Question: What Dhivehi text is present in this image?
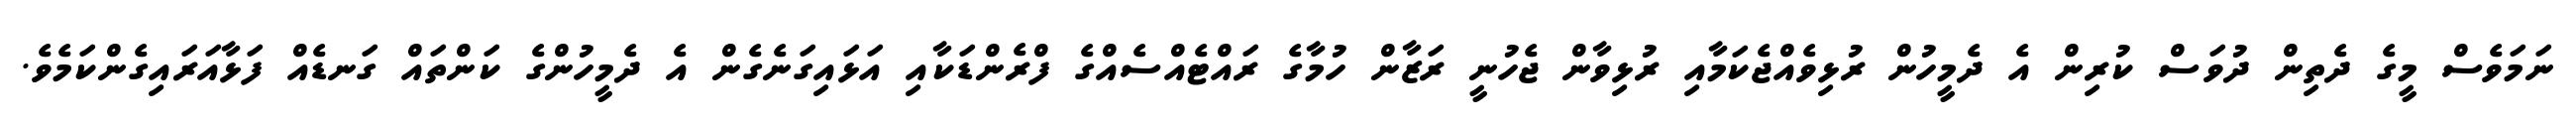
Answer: ނަމަވެސް މީގެ ދެތިން ދުވަސް ކުރިން އެ ދެމީހުން ރުޅިވެއްޖެކަމާއި ރުޅިވާން ޖެހުނީ ރަޒާން ހުމާގެ ރައްޓެއްސެއްގެ ފްރެންޑަކާއި އަޅައިގަނެގެން އެ ދެމީހުންގެ ކަންތައް ގަނޑެއް ފަޅާއަރައިގެންކަމެވެ.